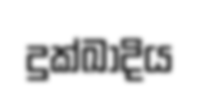
දුක්ඛාදිය